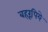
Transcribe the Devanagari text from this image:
बहरूपिये